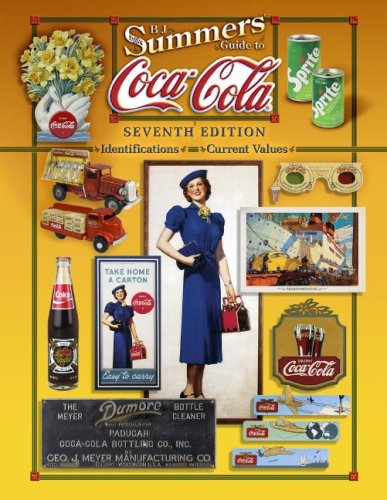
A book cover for B.J. Summers Guide to Coca-Cola Seventh Edition (B. J. Summers' Guide to Coca-Cola: Identifications, Current Values, Circa Dates); B J Summers; Crafts, Hobbies & Home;